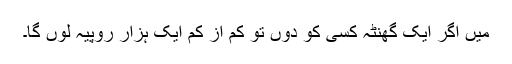
میں اگر ایک گھنٹہ کسی کو دوں تو کم از کم ایک ہزار روپیہ لوں گا۔